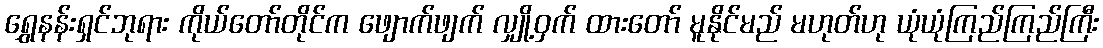
ရွှေနန်းရှင်ဘုရား ကိုယ်တော်တိုင်က ဖျောက်ဖျက် လျှို့ဝှက် ထားတော် မူနိုင်မည် မဟုတ်ဟု ယုံယုံကြည်ကြည်ကြီး